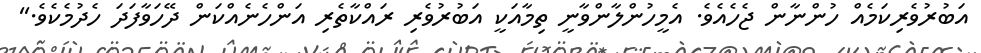
އަބުރުވެރިކަމެއް ހުންނާން ޖެހެއެވެ. އެމީހުންލާންވާނީ ތިމާއަކީ އަބުރުވެރި ރައްކާތެރި އަންހެނެއްކަން ދޭހަވާފަދަ ހެދުމެކެވެ.''